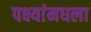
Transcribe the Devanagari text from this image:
पक्ष्यांमधला